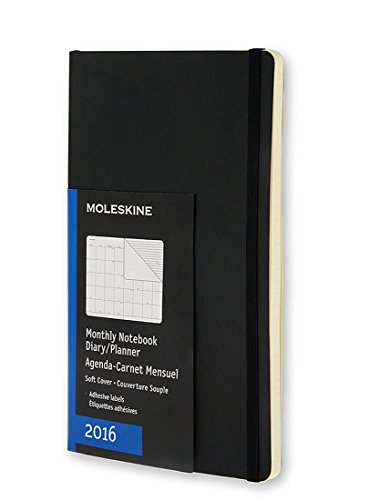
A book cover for Moleskine 2016 Monthly Notebook, 12M, Pocket, Black, Soft Cover (3.5 x 5.5); Moleskine; Calendars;